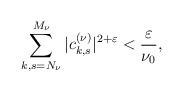
LaTeX: \begin{align*}\sum_{k,s=N_\nu}^{M_\nu} |c_{k,s}^{(\nu)}|^{2+\varepsilon}< {\varepsilon\over \nu_0},\end{align*}